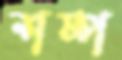
শষ্প